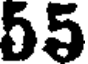
55